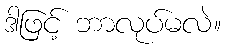
ဒါဖြင့် ဘာလုပ်မလဲ။